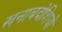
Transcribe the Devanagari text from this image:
खनाबदोशियों